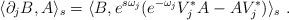
LaTeX: \begin{align*} \langle \partial_{j}B,A\rangle_s = \langle B, e^{s\omega_j}(e^{-\omega_j}V_j^*A - AV^*_j) \rangle_s \ .\end{align*}